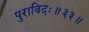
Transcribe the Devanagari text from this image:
पुराविदः॥३३॥